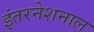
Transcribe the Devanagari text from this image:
इंतरनेशनाल